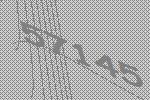
57145